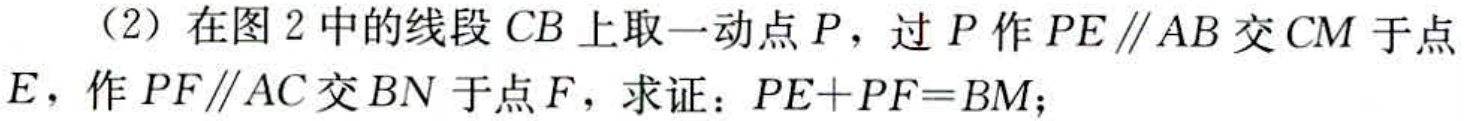
（2）在图 2 中的线段 \(CB\) 上取一动点 \(P\)，过 \(P\) 作 \(PE\parallel AB\) 交 \(CM\) 于点 \(E\)，作 \(PF\parallel AC\) 交 \(BN\) 于点 \(F\)，求证：\(PE + PF=BM\)；